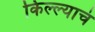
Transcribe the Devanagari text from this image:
किल्ल्याचं